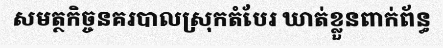
សមត្ថកិច្ចនគរបាលស្រុកតំបែរ ឃាត់ខ្លួនពាក់ព័ន្ធ